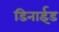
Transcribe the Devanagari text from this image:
डिनाईड